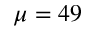
\mu = 4 9